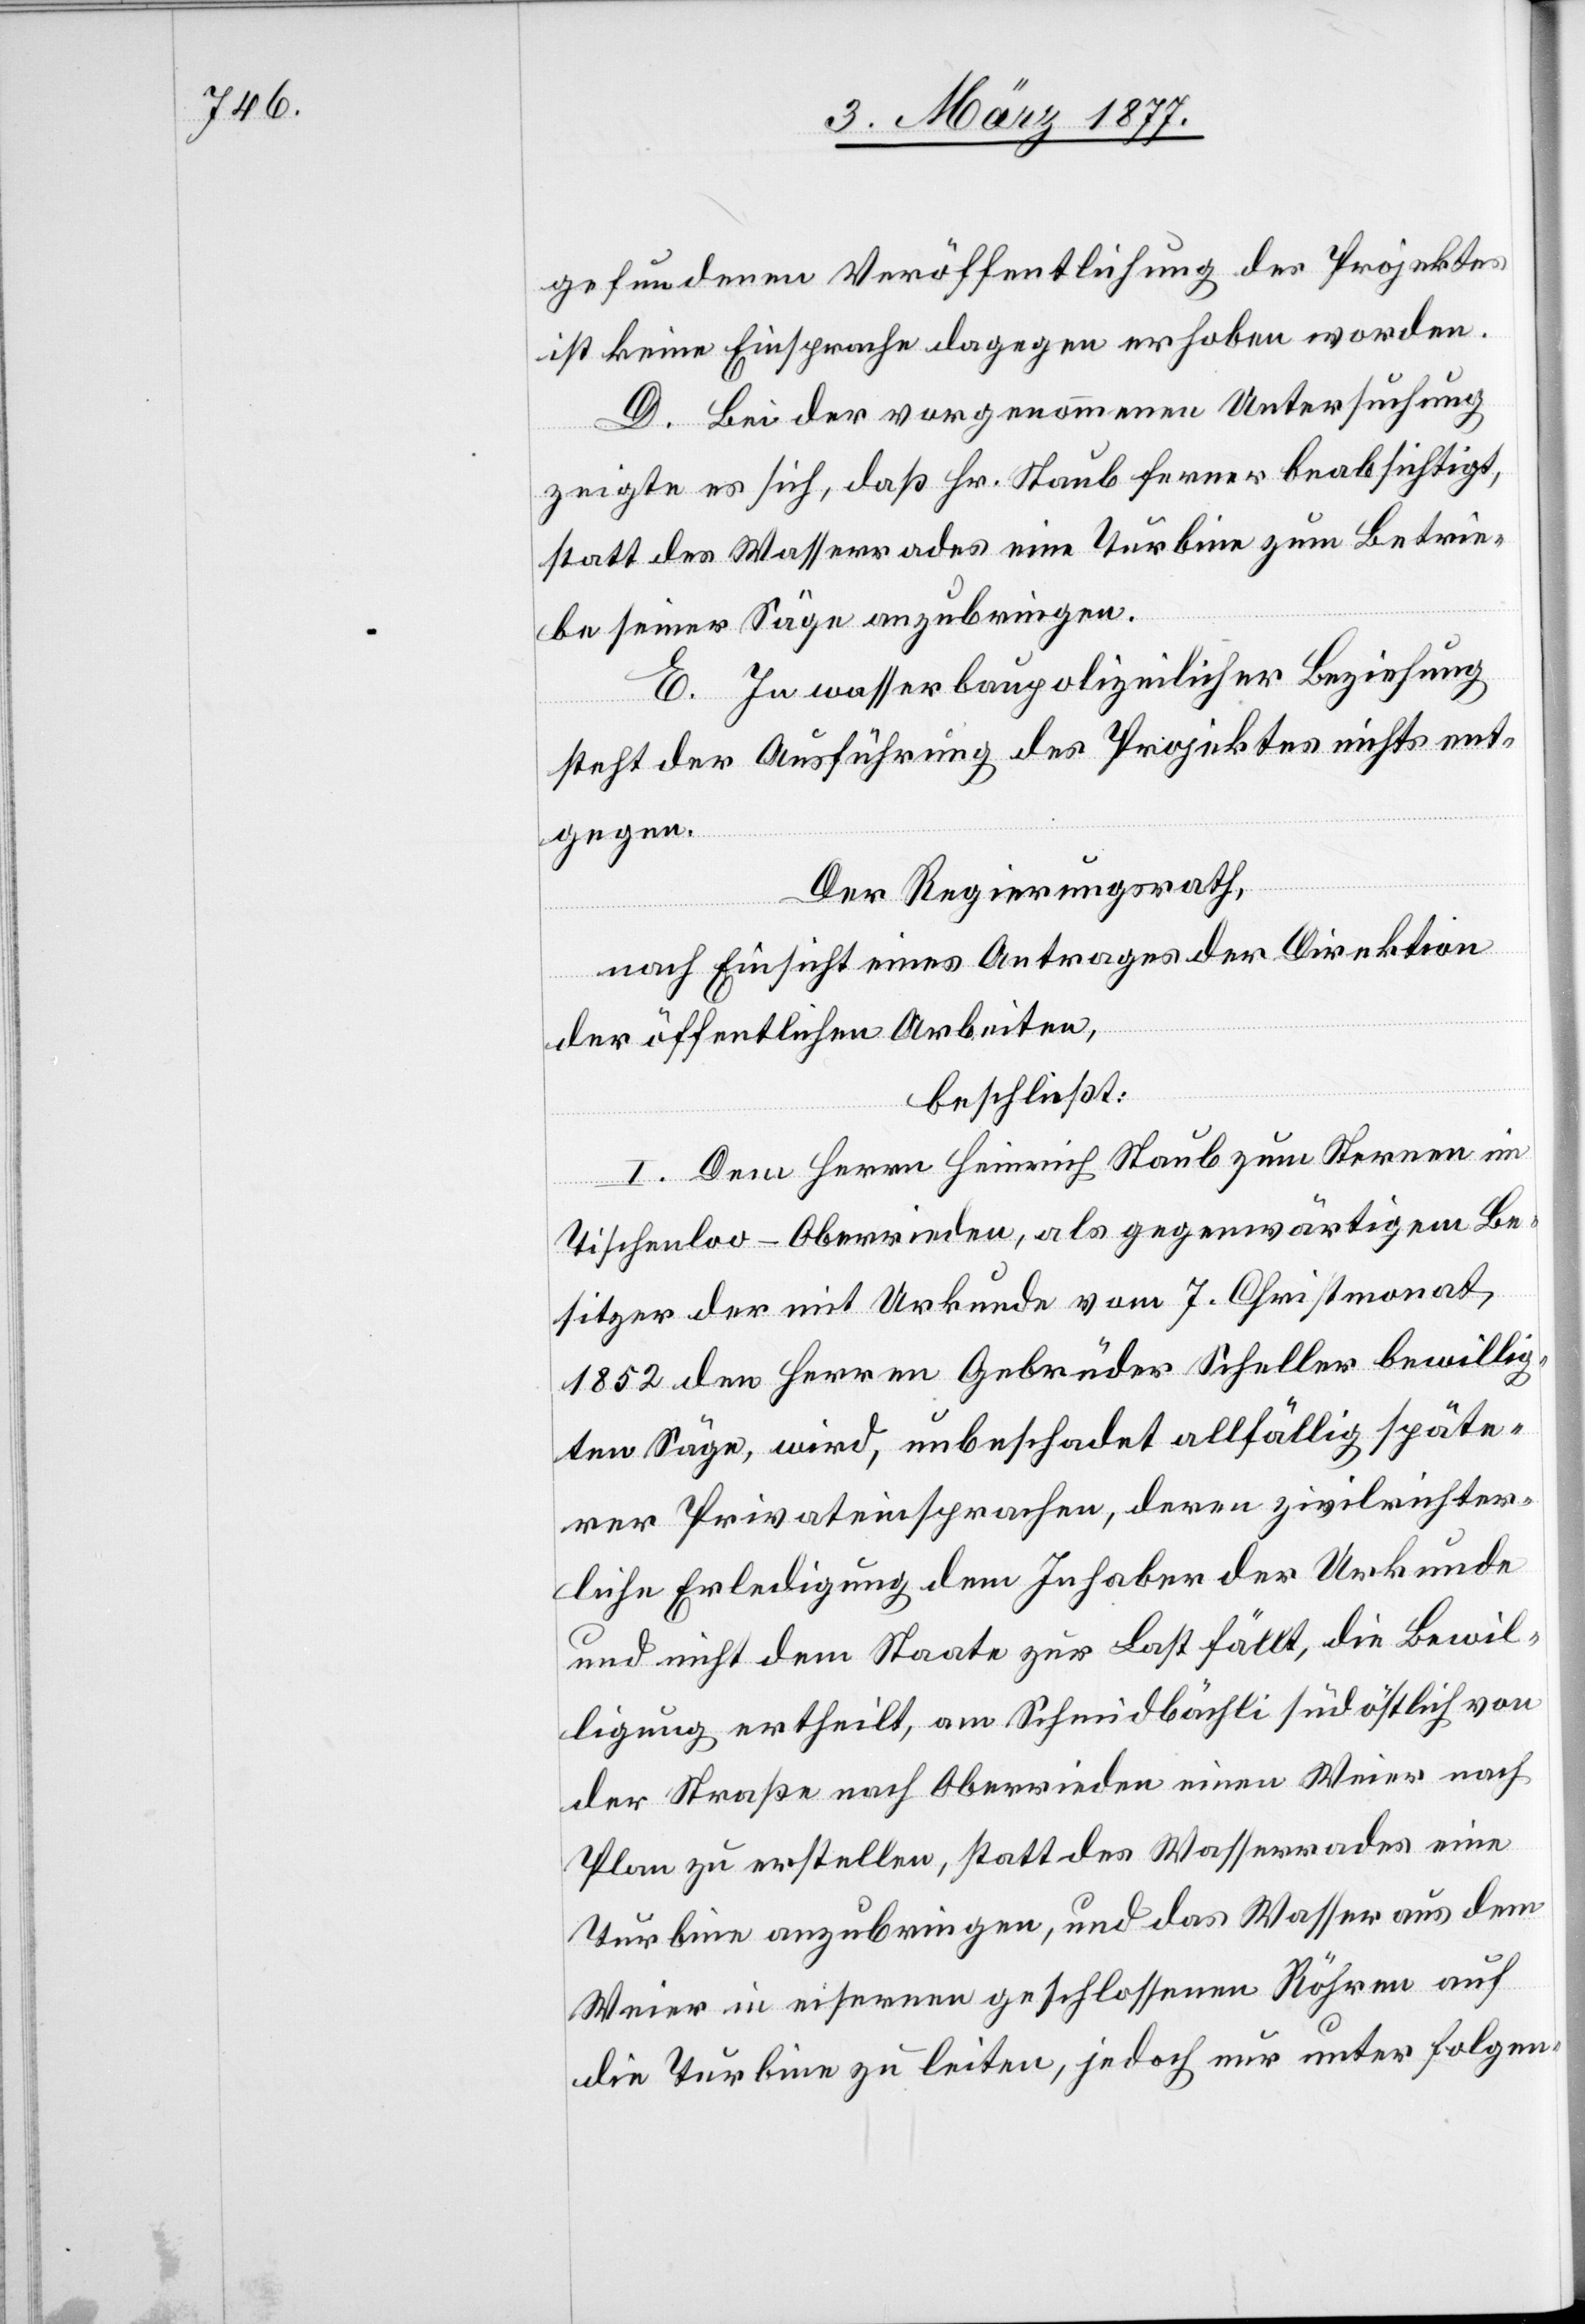
gefundenen Veröffentlichung des Projektes
ist keine Einsprache dagegen erhoben worden.
D. Bei der vorgenommenen Untersuchung
zeigte es sich, daß Hr. Staub ferner beabsichtigt,
statt des Wasserrades eine Turbine zum Betrie¬
be seiner Säge anzubringen.
E. In wasserbaupolizeilicher Beziehung
steht der Ausführung des Projektes nichts ent¬
gegen.
Der Regierungsrath,
nach Einsicht eines Antrages der Direktion
des öffentlichen Arbeiten,
beschließt:
I. Dem Herrn Heinrich Staub zum Sternen im
Tischenloo - Oberrieden, als gegenwärtigem Be¬
sitzer der mit Urkunde vom 7. Christmonat
1852 den Herren Gebrüder Scheller bewillig¬
ten Säge, wird, unbeschadet allfällig späte¬
rer Privateinsprachen, deren zivilrecht¬
liche Erledigung dem Inhaber der Urkunde
und nicht dem Staate zur Last fällt, die Bewil¬
ligung ertheilt, am Schmidbächli südöstlich von
der Straße nach Oberrieden einen Weier nach
Plan zu erstellen, statt des Wasserrades eine
Turbine anzubringen, und das Wasser aus dem
Weier in eisernen geschlossenen Röhren auf
die Turbine zu leiten, jedoch nur unter folgen-